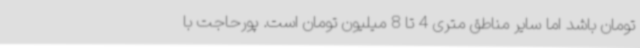
تومان باشد اما سایر مناطق متری 4 تا 8 میلیون تومان است. پورحاجت با